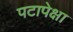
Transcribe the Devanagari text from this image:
पटापेक्षा